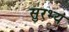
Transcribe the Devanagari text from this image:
सुरभ्य